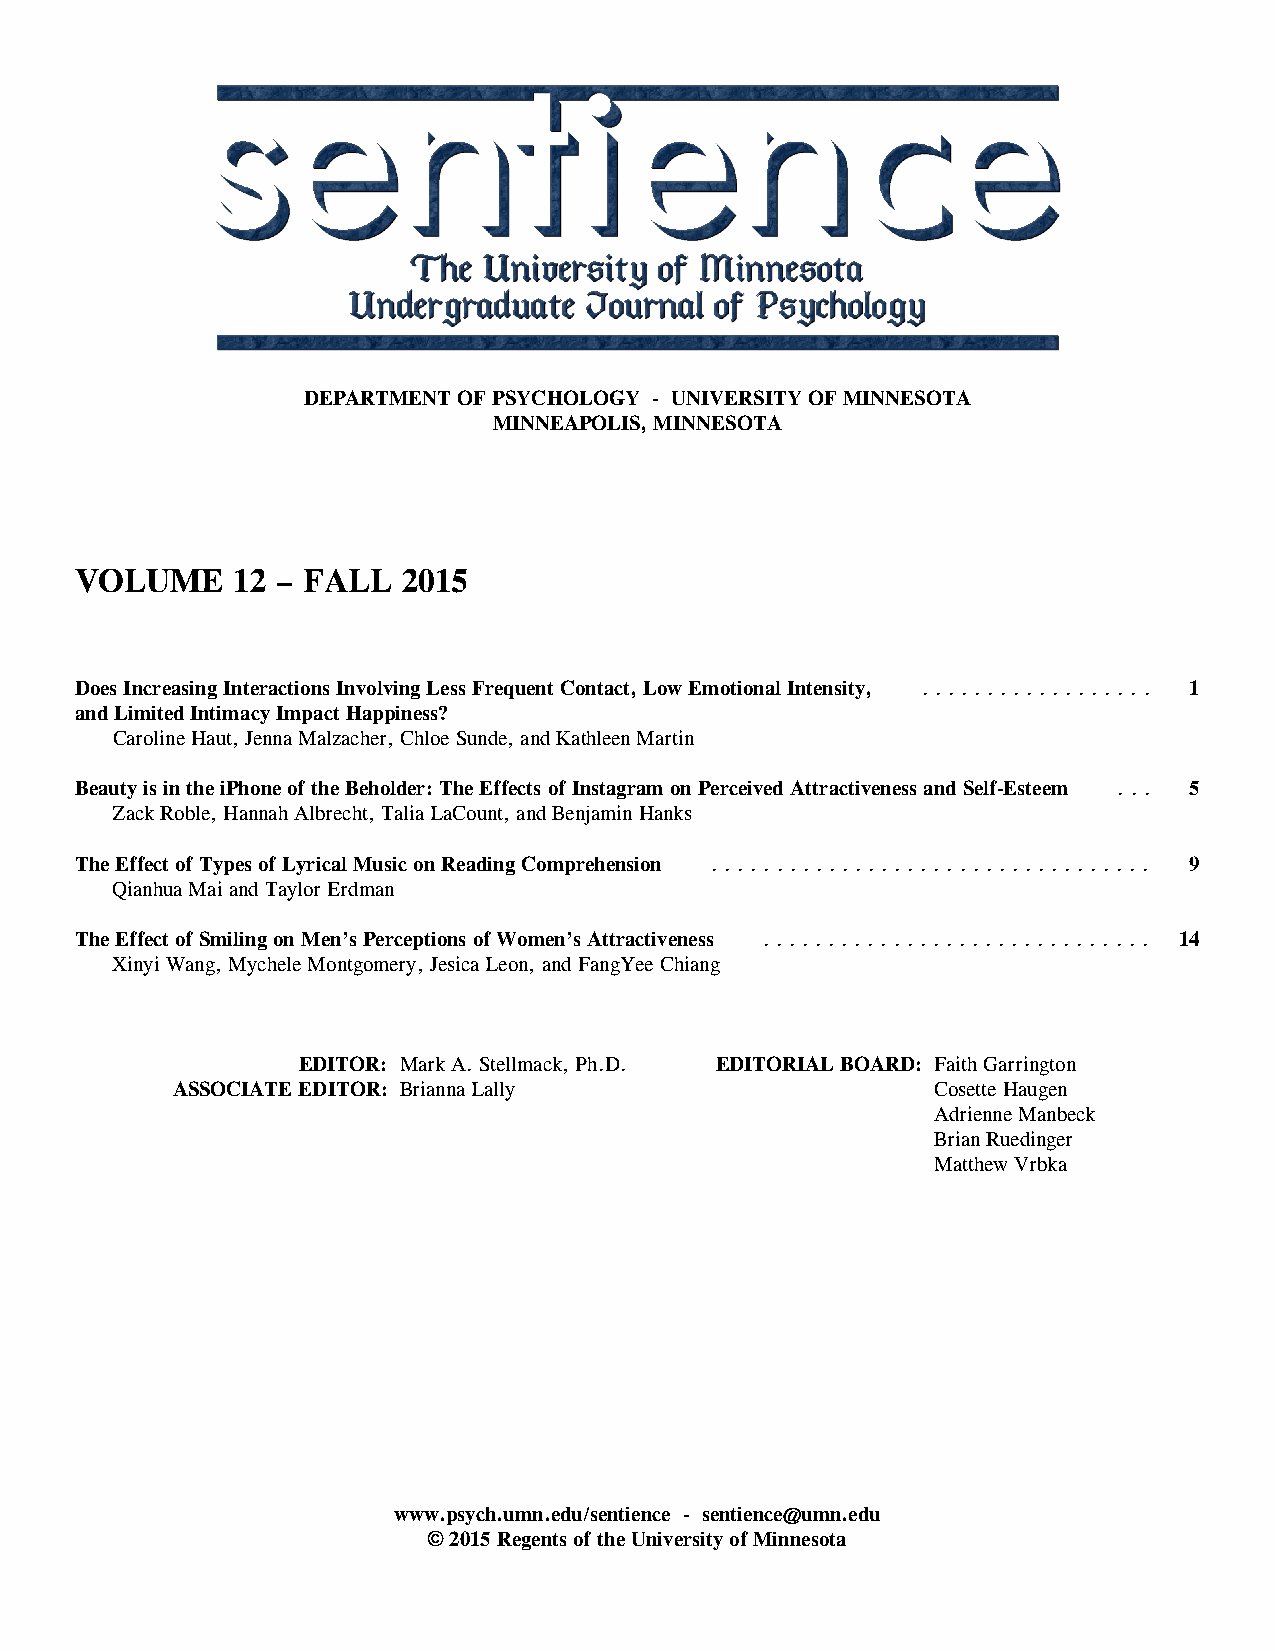
DEPARTMENT OF PSYCHOLOGY - UNIVERSITY OF MINNESOTA
 MINNEAPOLIS, MINNESOTA
 VOLUME    12 – FALL   2015
 Does Increasing Interactions Involving Less Frequent Contact, Low Emotional Intensity, . . . . . . . . . . . . . . . . . . 1
 and Limited Intimacy Impact Happiness?
 Caroline Haut, Jenna Malzacher, Chloe Sunde, and Kathleen Martin
 Beauty is in the iPhone of the Beholder: The Effects of Instagram on Perceived Attractiveness and Self-Esteem . . . 5
 Zack Roble, Hannah Albrecht, Talia LaCount, and Benjamin Hanks
 The Effect of Types of Lyrical Music on Reading Comprehension . . . . . . . . . . . . . . . . . . . . . . . . . . . . . . . . . . 9
 Qianhua Mai and Taylor Erdman
 The Effect of Smiling on Men’s Perceptions of Women’s Attractiveness . . . . . . . . . . . . . . . . . . . . . . . . . . . . . . 14
 Xinyi Wang, Mychele Montgomery, Jesica Leon, and FangYee Chiang
 EDITOR: Mark A. Stellmack, Ph.D. EDITORIAL BOARD: Faith Garrington
 ASSOCIATE EDITOR: Brianna Lally                    Cosette Haugen
 Adrienne Manbeck
 Brian Ruedinger
 Matthew Vrbka
 www.psych.umn.edu/sentience - sentience@umn.edu
 © 2015 Regents of the University of Minnesota